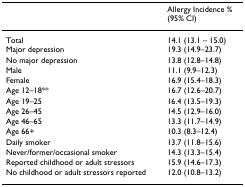
<table><thead><tr><td>[EMPTY_CELL]</td><td><b>Allergy Incidence %(95% CI)</b></td></tr></thead><tbody><tr><td>TotalMajor depression</td><td>14.1 (13.1 – 15.0)19.3 (14.9–23.7)</td></tr><tr><td>No major depression</td><td>13.8 (12.8–14.8)</td></tr><tr><td>Male</td><td>11.1 (9.9–12.3)</td></tr><tr><td>Female</td><td>16.9 (15.4–18.3)</td></tr><tr><td>Age 12–18**</td><td>16.7 (12.6–20.7)</td></tr><tr><td>Age 19–25</td><td>16.4 (13.5–19.3)</td></tr><tr><td>Age 26–45</td><td>14.5 (12.9–16.0)</td></tr><tr><td>Age 46–65</td><td>13.3 (11.7–14.9)</td></tr><tr><td>Age 66+</td><td>10.3 (8.3–12.4)</td></tr><tr><td>Daily smoker</td><td>13.7 (11.8–15.6)</td></tr><tr><td>Never/former/occasional smoker</td><td>14.3 (13.3–15.4)</td></tr><tr><td>Reported childhood or adult stressors</td><td>15.9 (14.6–17.3)</td></tr><tr><td>No childhood or adult stressors reported</td><td>12.0 (10.8–13.2)</td></tr></tbody></table>